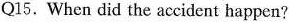
Q15. When did the accident happen?